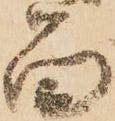
留